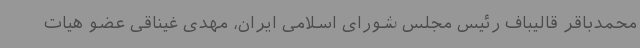
محمدباقر قالیباف رئیس مجلس شورای اسلامی ایران، مهدی غیناقی عضو هیات